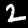
Label: 2